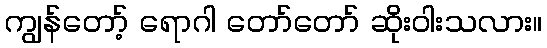
ကျွန်တော့် ရောဂါ တော်တော် ဆိုးဝါးသလား။